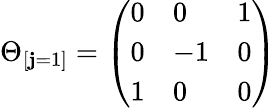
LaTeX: \Theta_{[\mathbf{j}=1]}=\left(\begin{array}{lll}{{0}}&{{0}}&{{1}}\\ {{0}}&{{-1}}&{{0}}\\ {{1}}&{{0}}&{{0}}\end{array}\right)